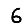
Digit: 6